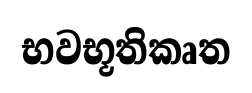
භවභූතිකෘත